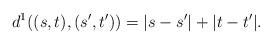
LaTeX: \begin{align*}d^1((s,t),(s',t'))=|s-s'|+|t-t'|.\end{align*}